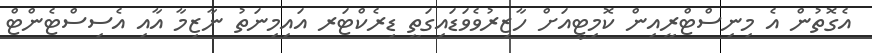
އެގޮތުން އެ މިނިސްޓްރީއިން ކޮމިޓީއަށް ހާޒިރުވެވަޑައިގަތީ ޑިރެކްޓަރ އައިމިނަތު ނާޒިމާ އާއި އެސިސްޓެންޓް